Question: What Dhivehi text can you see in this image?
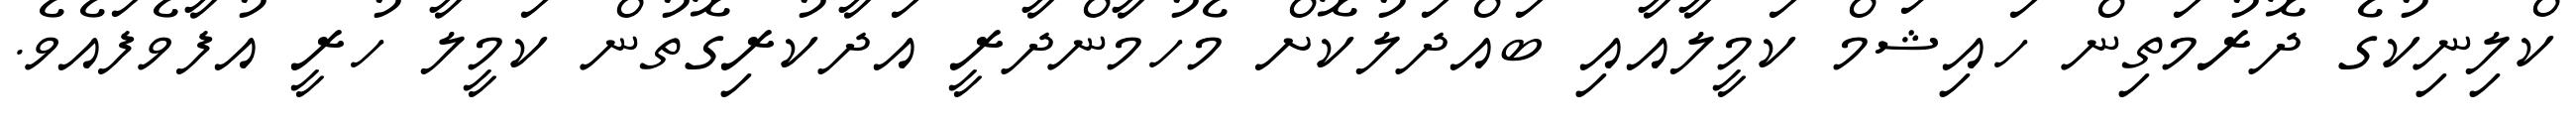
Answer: ކްލިނިކުގެ ދޮރުމަތިން ހައިޝަމް ކަމީލާއާއި ބައްދަލުކޮށް މެހުމާންދާރީ އަދާކުރިގޮތުން ކަމީލާ ހުރީ އުފާވެފައެވެ.